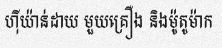
ហ៊ីយ៉ាន់ដាយ មួយគ្រឿង និងម៉ូតូម៉ាក